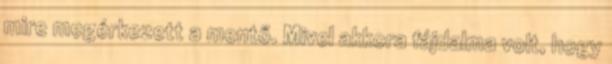
mire megérkezett a mentő. Mivel akkora fájdalma volt, hogy